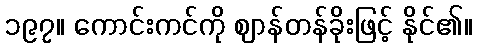
၁၉၇။ ကောင်းကင်ကို ဈာန်တန်ခိုးဖြင့် နိုင်၏။